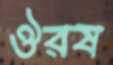
ঔরষ